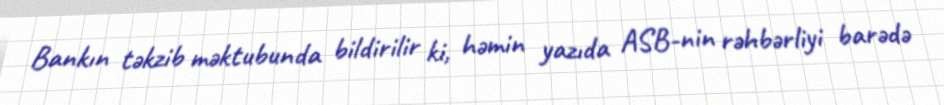
Bankın təkzib məktubunda bildirilir ki, həmin yazıda ASB-nin rəhbərliyi barədə